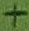
Text: +